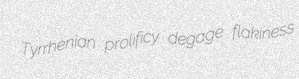
Tyrrhenian prolificy degage flakiness